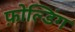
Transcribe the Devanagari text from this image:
फ़ोल्डिंग